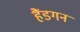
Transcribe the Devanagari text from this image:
हैंडगन